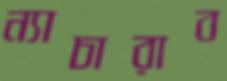
ন্যাচারাব